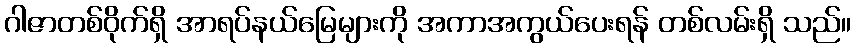
ဂါဇာတစ်ဝိုက်ရှိ အာရပ်နယ်မြေများကို အကာအကွယ်ပေးရန် တစ်လမ်းရှိ သည်။